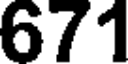
671